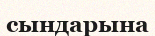
сындарына